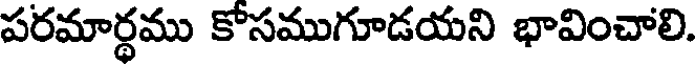
పరమార్థము కోసముగూడయని భావించాలి.